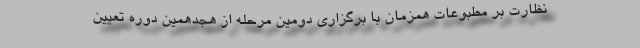
نظارت بر مطبوعات همزمان با برگزاری دومین مرحله از هجدهمین دوره تعیین